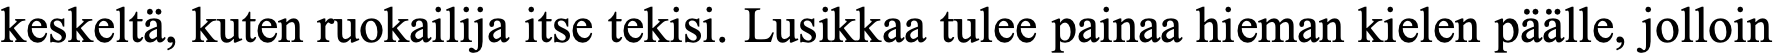
keskeltä, kuten ruokailija itse tekisi. Lusikkaa tulee painaa hieman kielen päälle, jolloin